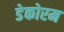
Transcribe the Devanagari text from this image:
डेकोरम